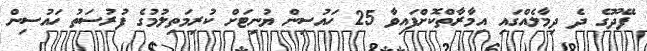
ފޭދޫގެ ދެ ދިމާލެއްގައި އިމާރާތްކޮށްފައިވާ 25 ހައުސިން ޔުނިޓަށް ކުރިމަތިލުމުގެ ފުރުސަތު ހައުސިން